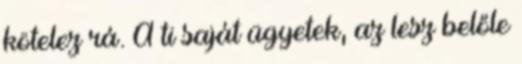
kötelez rá. A ti saját ügyetek, az lesz belőle